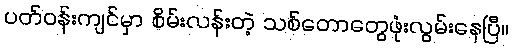
ပတ်ဝန်းကျင်မှာ စိမ်းလန်းတဲ့ သစ်တောတွေဖုံးလွမ်းနေပြီ။